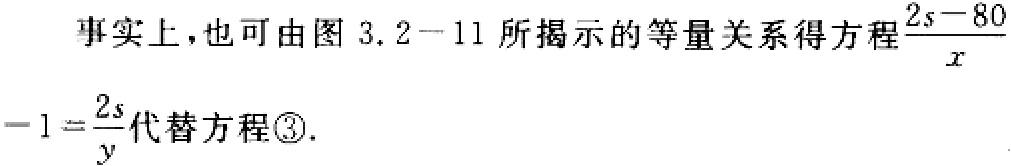
事实上，也可由图 3.2-11 所揭示的等量关系得方程$\frac{2s - 80}{x}-1=\frac{2s}{y}$代替方程\textcircled{3}.